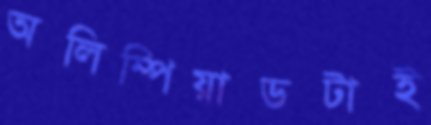
অলিম্পিয়াডটাই